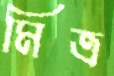
মিত্র